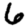
Digit: 6